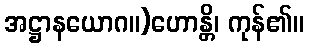
အဋ္ဌာနယောဂ။)ဟောန္တိ၊ ကုန်၏။